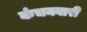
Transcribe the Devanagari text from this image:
कंचनवारी